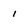
Character: i